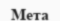
Мета